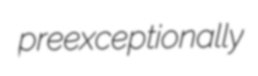
preexceptionally